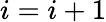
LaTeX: i=i+1